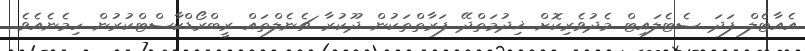
އެއާޓެލް ފަދަ ސެޓެލައިޓް މެދުވެރިކޮށް ޚިދުމަތްދޭ ފަރާތްތަކުން ދޫކުރާ ޗެނެލްތައް ރީބްރޯޑްކާސްޓްކުރުން ހިމެނެއެވެ.